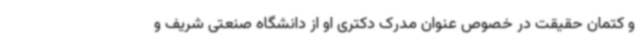
و کتمان حقیقت در خصوص عنوان مدرک دکتری او از دانشگاه صنعتی شریف و